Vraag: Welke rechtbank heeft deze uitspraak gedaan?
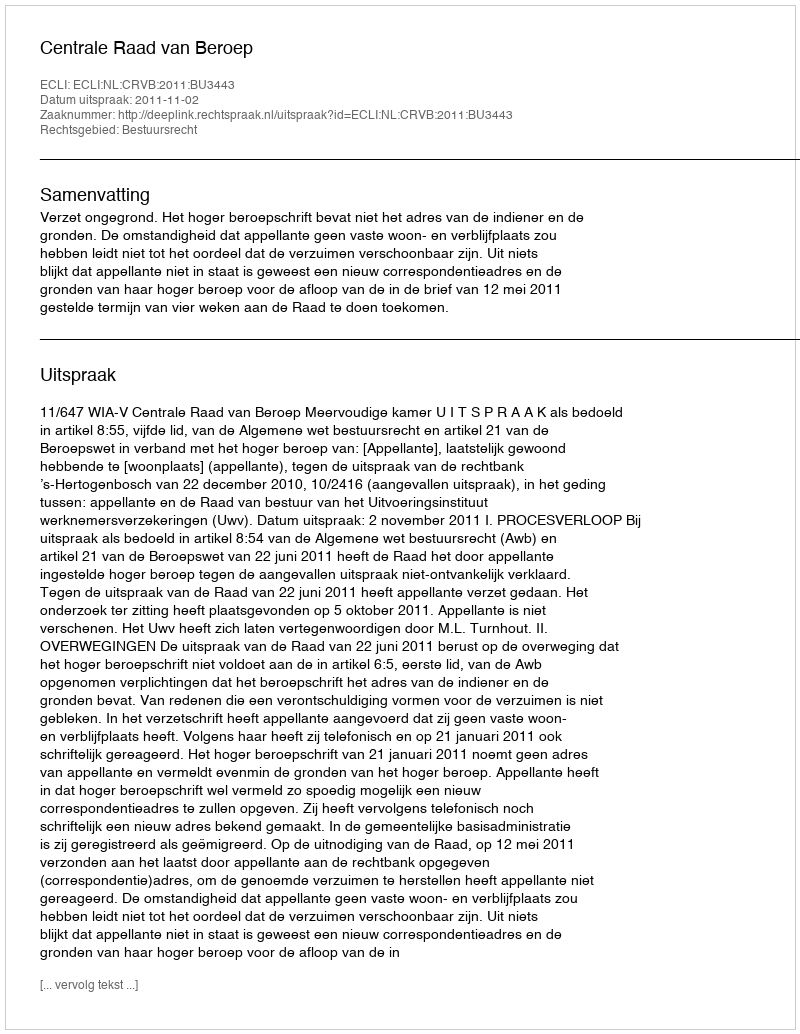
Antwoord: Centrale Raad van Beroep